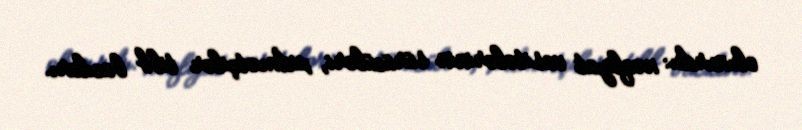
olunurdu: nəqliyat vasitələrinin sürücüləri, xidmətçilər tibb bacıları.